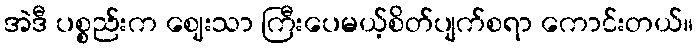
အဲဒီ ပစ္စည်းက ဈေးသာ ကြီးပေမယ့်စိတ်ပျက်စရာ ကောင်းတယ်။